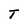
Character: T